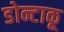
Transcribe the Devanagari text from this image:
डोन्टाकू